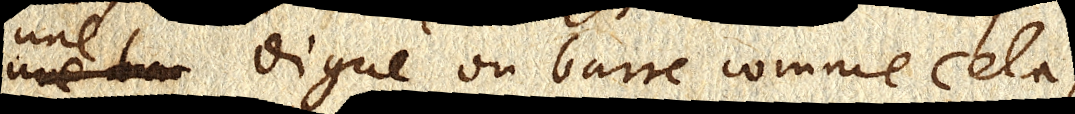
une digue ou barre comme cela;